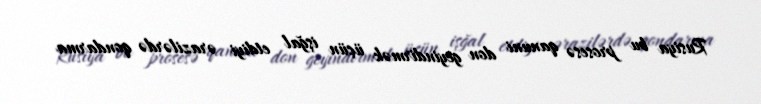
Rusiya bu prosesə qanuni don geyindirmək üçün işğal etdiyi ərazilərdə qondarma